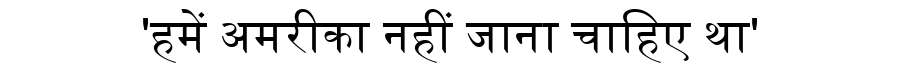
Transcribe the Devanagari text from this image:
'हमें अमरीका नहीं जाना चाहिए था'